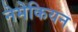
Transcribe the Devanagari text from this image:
नेमेकियन